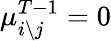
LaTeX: \mu_{i\setminus j}^{T-1}=0